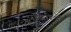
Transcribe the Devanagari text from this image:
पांखुरियों